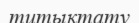
титықтату